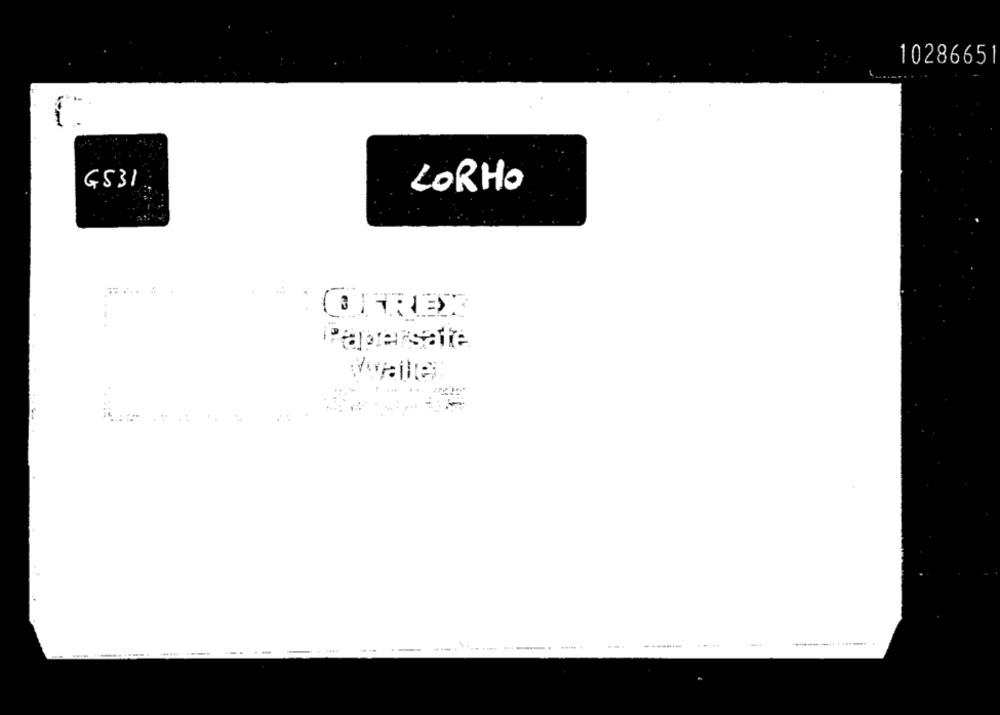
10286651
GS31
LORHO
CAREX
Rapersafe
Vallei: